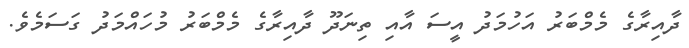
ދާއިރާގެ މެމްބަރު އަހުމަދު އީސަ އާއި ތިނަދޫ ދާއިރާގެ މެމްބަރު މުހައްމަދު ގަސަމެވެ.